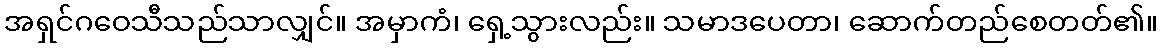
အရှင်ဂဝေသီသည်သာလျှင်။ အမှာကံ၊ ရှေ့သွားလည်း။ သမာဒပေတာ၊ ဆောက်တည်စေတတ်၏။